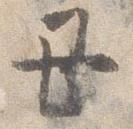
丑